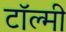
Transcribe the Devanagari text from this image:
टॉल्मी